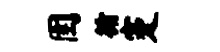
圉循蹇